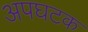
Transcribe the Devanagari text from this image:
अपघटक